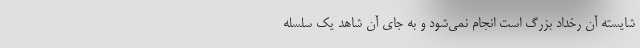
شایسته آن رخداد بزرگ است انجام نمی‌شود و به جای آن شاهد یک سلسله